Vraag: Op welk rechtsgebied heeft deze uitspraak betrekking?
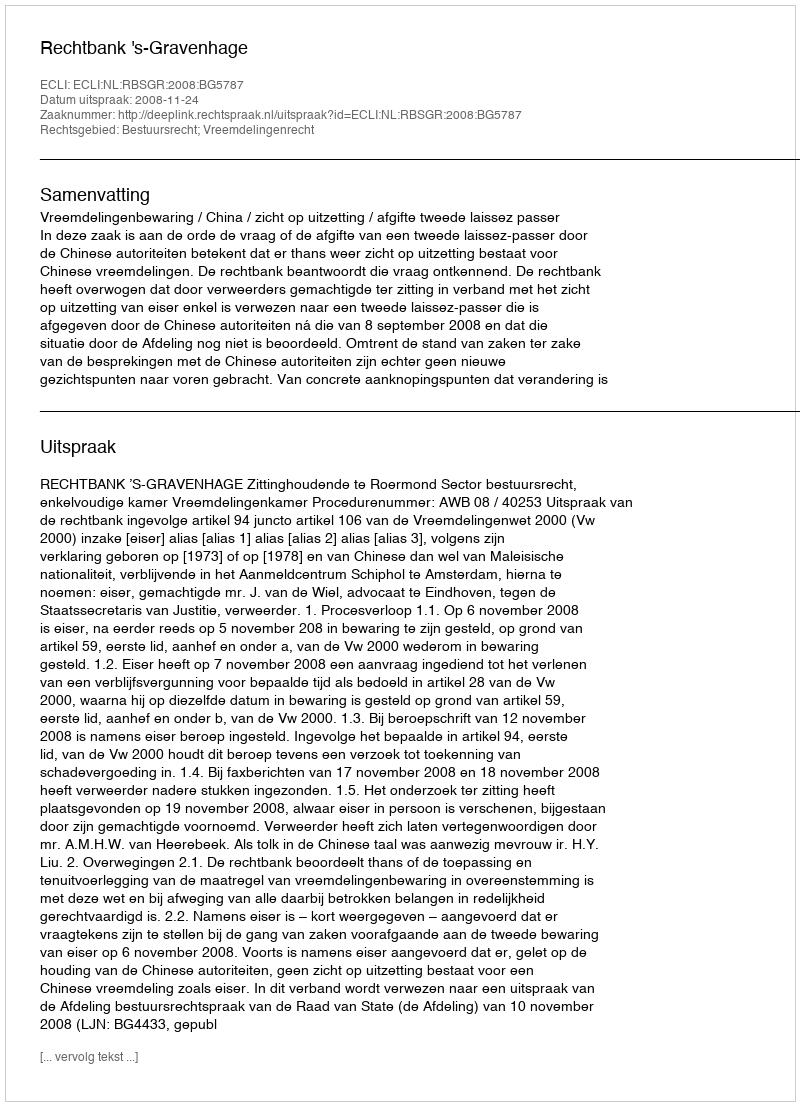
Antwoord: Bestuursrecht; Vreemdelingenrecht